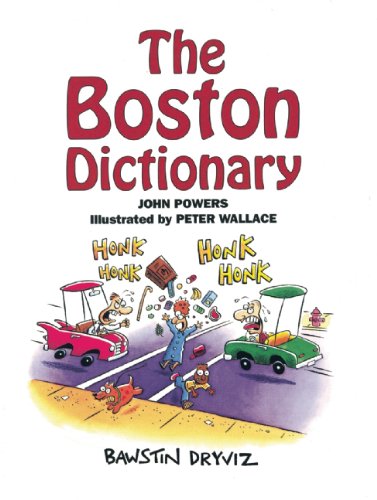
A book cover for The Boston Dictionary; John Powers; Travel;